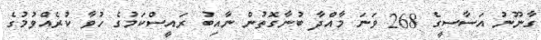
ގާނޫނު އަސާސީގެ 268 ވަނަ މާއްދާ ބުނާގޮތުން ނާއިބު ރައީސްކަމުގެ ހުވާ ކުރެއްވުމުގެ